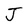
Character: J